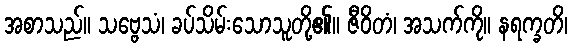
အစာသည်။ သဗ္ဗေသံ၊ ခပ်သိမ်းသောသူတို့၏။ ဇီဝိတံ၊ အသက်ကို။ နရက္ခတိ၊